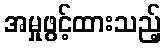
အမှုဖွင့်ထားသည့်